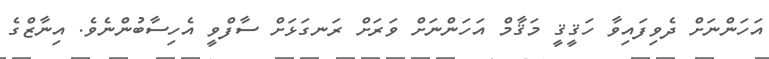
އަހަންނަށް ދެވިފައިވާ ހަޤީޤީ މަޤާމް އަހަންނަށް ވަރަށް ރަނގަޅަށް ސާފްވީ އެހިސާބުންނެވެ. އިނާޒްގެ